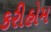
કરીહોમ